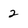
Character: 2